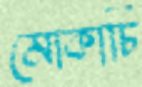
মোকাচি